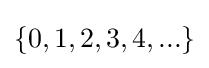
\{0,1,2,3,4,...\}